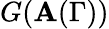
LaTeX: G(\mathbf{A}(\Gamma))